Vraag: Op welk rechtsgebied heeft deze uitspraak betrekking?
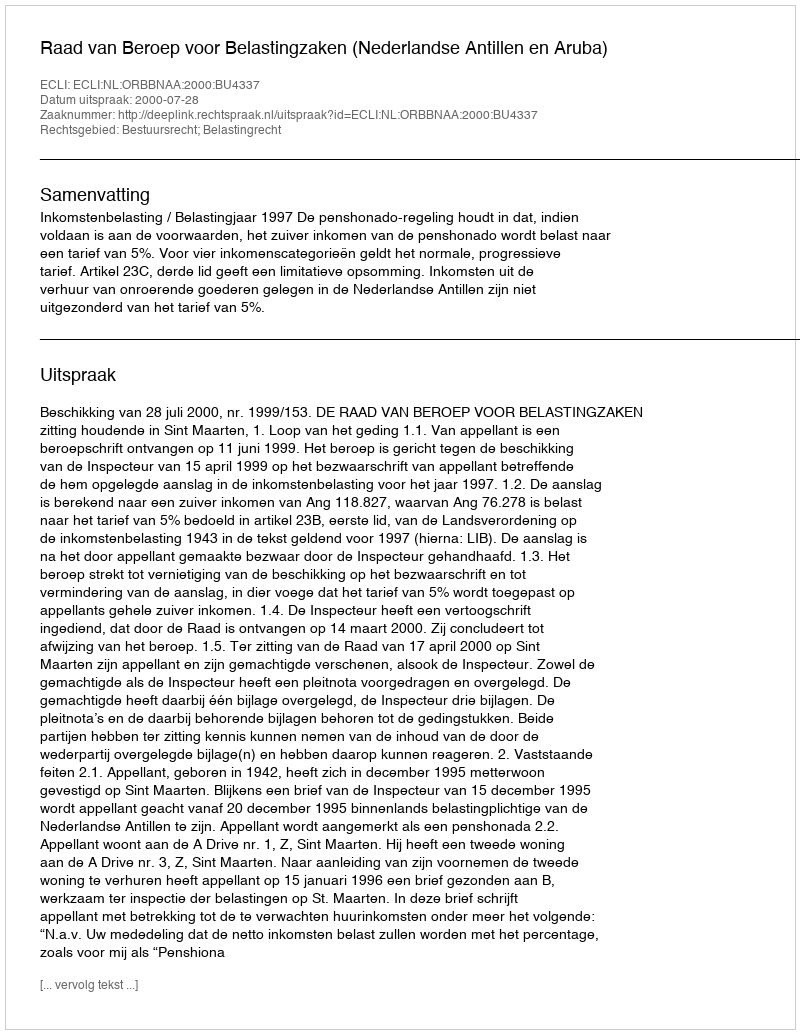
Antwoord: Bestuursrecht; Belastingrecht